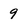
Character: 9